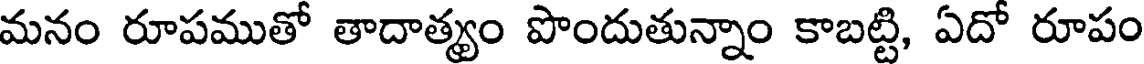
మనం రూపముతో తాదాత్యం పొందుతున్నాం కాబట్టి, ఏదో రూపం